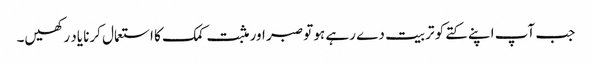
جب آپ اپنے کتے کو تربیت دے رہے ہو تو صبر اور مثبت کمک کا استعمال کرنا یاد رکھیں۔